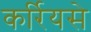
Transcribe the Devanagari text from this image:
कर्रियसे